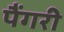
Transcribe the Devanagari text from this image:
पैंगरी